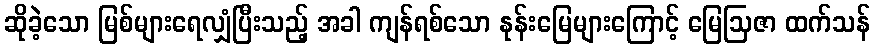
ဆိုခဲ့သော မြစ်များရေလျှံပြီးသည့် အခါ ကျန်ရစ်သော နုန်းမြေများကြောင့် မြေဩဇာ ထက်သန်